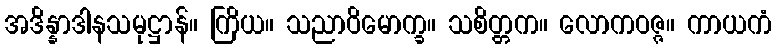
အဒိန္နာဒါနသမုဋ္ဌာန်။ ကြိယ။ သညာဝိမောက္ခ။ သစိတ္တက။ လောကဝဇ္ဇ။ ကာယကံ